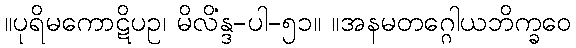
။ပုရိမကောဋိပဥ၊ မိလိန္ဒ-ပါ-၅၁။ ။အနမတဂ္ဂေါယံဘိက္ခဝေ